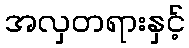
အလှတရားနှင့်